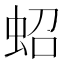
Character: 蛁